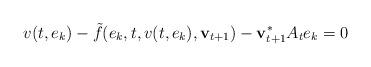
LaTeX: \begin{align*}v(t,e_k) - \tilde{f}(e_k,t,v(t,e_k),\mathbf{v}_{t+1}) - \mathbf{v}_{t+1}^{\ast}A_te_k = 0\end{align*}